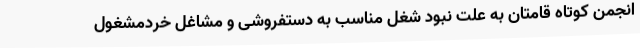
انجمن کوتاه قامتان به علت نبود شغل مناسب به دستفروشی و مشاغل خردمشغول